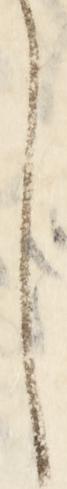
し